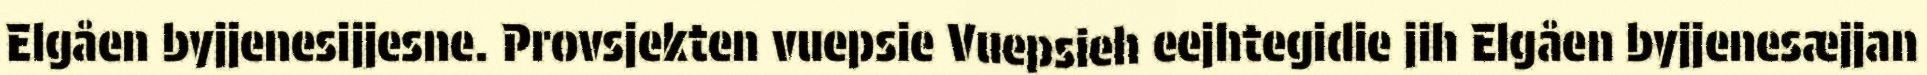
Elgåen byjjenesijjesne. Provsjekten vuepsie Vuepsieh eejhtegidie jih Elgåen byjjenesæjjan